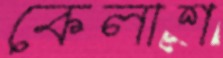
কেলাশ